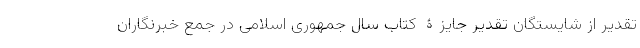
تقدیر از شایستگان تقدیر جایزۀ کتاب سال جمهوری اسلامی در جمع خبرنگاران